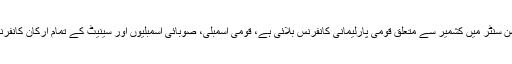
16 ستمبر2019ء) چیئرمین سینیٹ صادق سنجرانی نے کہا ہے کہ سینیٹ نے پرسوں بدھ کو کنونشن سنٹر میں کشمیر سے متعلق قومی پارلیمانی کانفرنس بلائی ہے، قومی اسمبلی، صوبائی اسمبلیوں اور سینیٹ کے تمام ارکان کانفرنس میں شریک ہوں اور پاکستان کی سیاسی قیادت کشمیریوں کے ساتھ بھر پور اظہار یکجہتی کرے۔